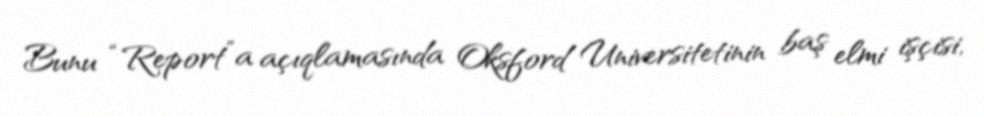
Bunu “Report”a açıqlamasında Oksford Universitetinin baş elmi işçisi,